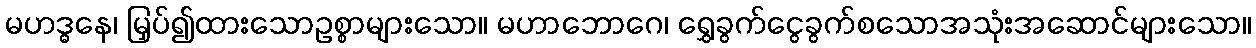
မဟဒ္ဓနေ၊ မြှပ်၍ထားသောဥစ္စာများသော။ မဟာဘောဂေ၊ ရွှေခွက်ငွေခွက်စသောအသုံးအဆောင်များသော။